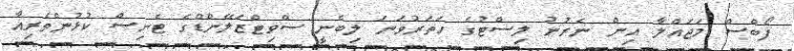
ފޯބްސް މަޖައްލާ އިން ނެރުނު ލިސްޓުގެ ހަތަރުވަނަ ލިބެނީ ސްވިޓްޒަލޭންޑްގެ ޓެނިސް ކުޅުންތެރިއާ